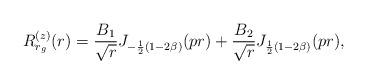
LaTeX: \begin{align*} R_{r_{g}}^{(z)} (r) = \frac{B_{1}}{\sqrt{r}} J_{-\frac{1}{2}(1-2\beta)}(pr) + \frac{B_{2}}{\sqrt{r}} J_{\frac{1}{2}(1-2\beta)}(pr),\end{align*}